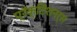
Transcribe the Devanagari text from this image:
प्रॅक्टिशनर्स